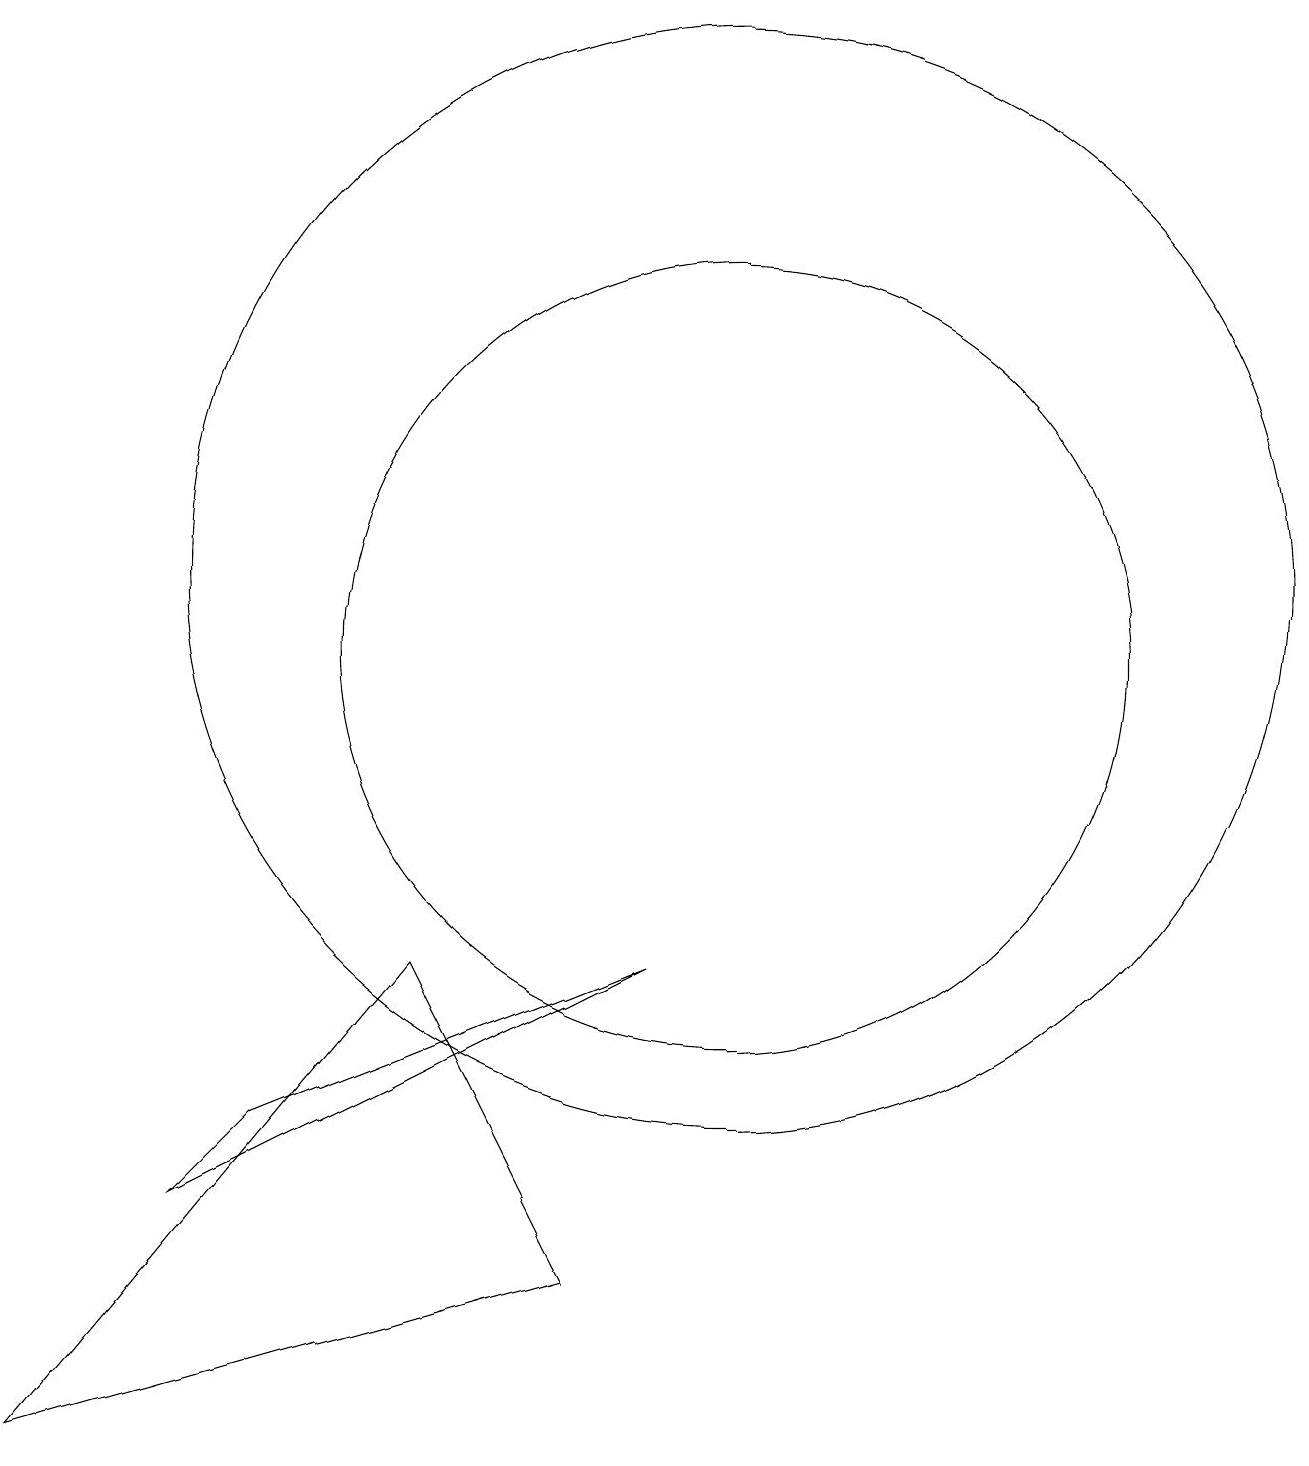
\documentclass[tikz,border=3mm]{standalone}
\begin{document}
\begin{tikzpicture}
\draw (10,11) circle (7);
\draw (10,10) circle (5);
\draw (4,4) -- (3,3) -- (9,6) -- cycle;
\draw (8,2) -- (1,0) -- (6,6) -- cycle;
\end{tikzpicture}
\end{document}